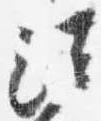
法